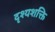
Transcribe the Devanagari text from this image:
दृश्यशक्ति